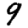
Digit: 9